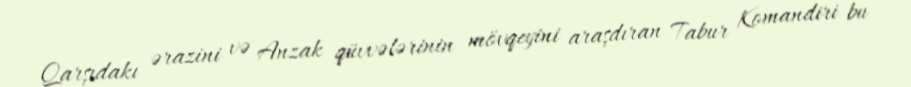
Qarşıdakı ərazini və Anzak qüvvələrinin mövqeyini araşdıran Tabur Komandiri bu